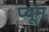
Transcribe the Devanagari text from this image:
प्यून